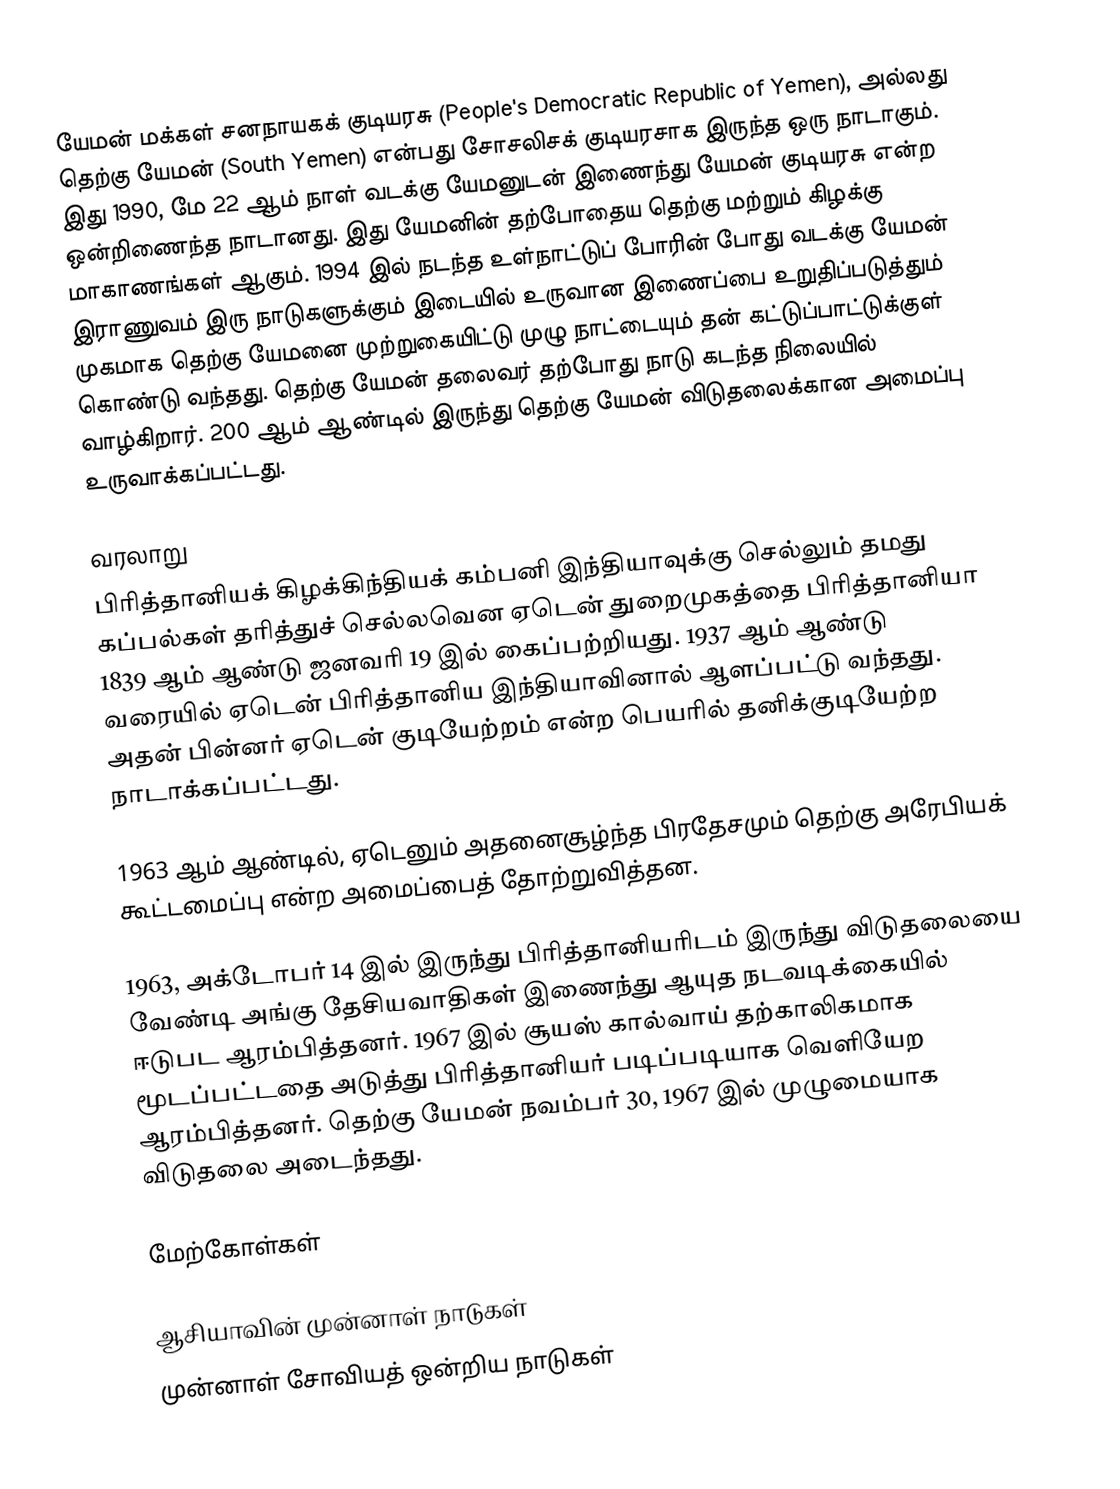
யேமன் மக்கள் சனநாயகக் குடியரசு (People's Democratic Republic of Yemen), அல்லது தெற்கு யேமன் (South Yemen) என்பது சோசலிசக் குடியரசாக இருந்த ஒரு நாடாகும். இது 1990, மே 22 ஆம் நாள் வடக்கு யேமனுடன் இணைந்து யேமன் குடியரசு என்ற ஒன்றிணைந்த நாடானது. இது யேமனின் தற்போதைய தெற்கு மற்றும் கிழக்கு மாகாணங்கள் ஆகும். 1994 இல் நடந்த உள்நாட்டுப் போரின் போது வடக்கு யேமன் இராணுவம் இரு நாடுகளுக்கும் இடையில் உருவான இணைப்பை உறுதிப்படுத்தும் முகமாக தெற்கு யேமனை முற்றுகையிட்டு முழு நாட்டையும் தன் கட்டுப்பாட்டுக்குள் கொண்டு வந்தது. தெற்கு யேமன் தலைவர் தற்போது நாடு கடந்த நிலையில் வாழ்கிறார். 200 ஆம் ஆண்டில் இருந்து தெற்கு யேமன் விடுதலைக்கான அமைப்பு உருவாக்கப்பட்டது.

வரலாறு
பிரித்தானியக் கிழக்கிந்தியக் கம்பனி இந்தியாவுக்கு செல்லும் தமது கப்பல்கள் தரித்துச் செல்லவென ஏடென் துறைமுகத்தை பிரித்தானியா 1839 ஆம் ஆண்டு ஜனவரி 19 இல் கைப்பற்றியது. 1937 ஆம் ஆண்டு வரையில் ஏடென் பிரித்தானிய இந்தியாவினால் ஆளப்பட்டு வந்தது. அதன் பின்னர் ஏடென் குடியேற்றம் என்ற பெயரில் தனிக்குடியேற்ற நாடாக்கப்பட்டது.

1963 ஆம் ஆண்டில், ஏடெனும் அதனைசூழ்ந்த பிரதேசமும் தெற்கு அரேபியக் கூட்டமைப்பு என்ற அமைப்பைத் தோற்றுவித்தன.

1963, அக்டோபர் 14 இல் இருந்து பிரித்தானியரிடம் இருந்து விடுதலையை வேண்டி அங்கு தேசியவாதிகள் இணைந்து ஆயுத நடவடிக்கையில் ஈடுபட ஆரம்பித்தனர். 1967 இல் சூயஸ் கால்வாய் தற்காலிகமாக மூடப்பட்டதை அடுத்து பிரித்தானியர் படிப்படியாக வெளியேற ஆரம்பித்தனர். தெற்கு யேமன் நவம்பர் 30, 1967 இல் முழுமையாக விடுதலை அடைந்தது.

மேற்கோள்கள்

ஆசியாவின் முன்னாள் நாடுகள்
முன்னாள் சோவியத் ஒன்றிய நாடுகள்